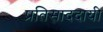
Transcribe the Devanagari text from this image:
प्रतिसाददायी